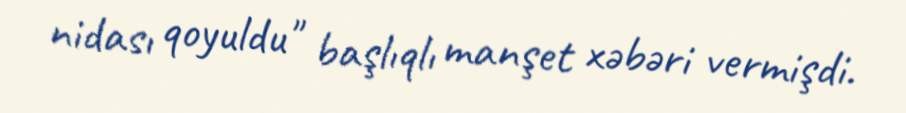
nidası qoyuldu" başlıqlı manşet xəbəri vermişdi.